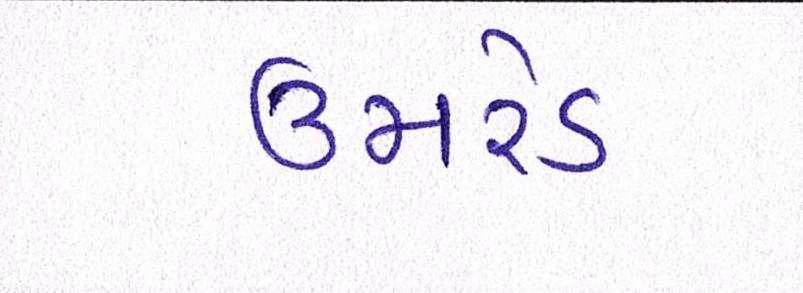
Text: ઉમરેડ